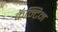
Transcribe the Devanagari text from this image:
कॅन्टिन